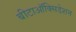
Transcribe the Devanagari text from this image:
बीटाऑक्सिडेशन